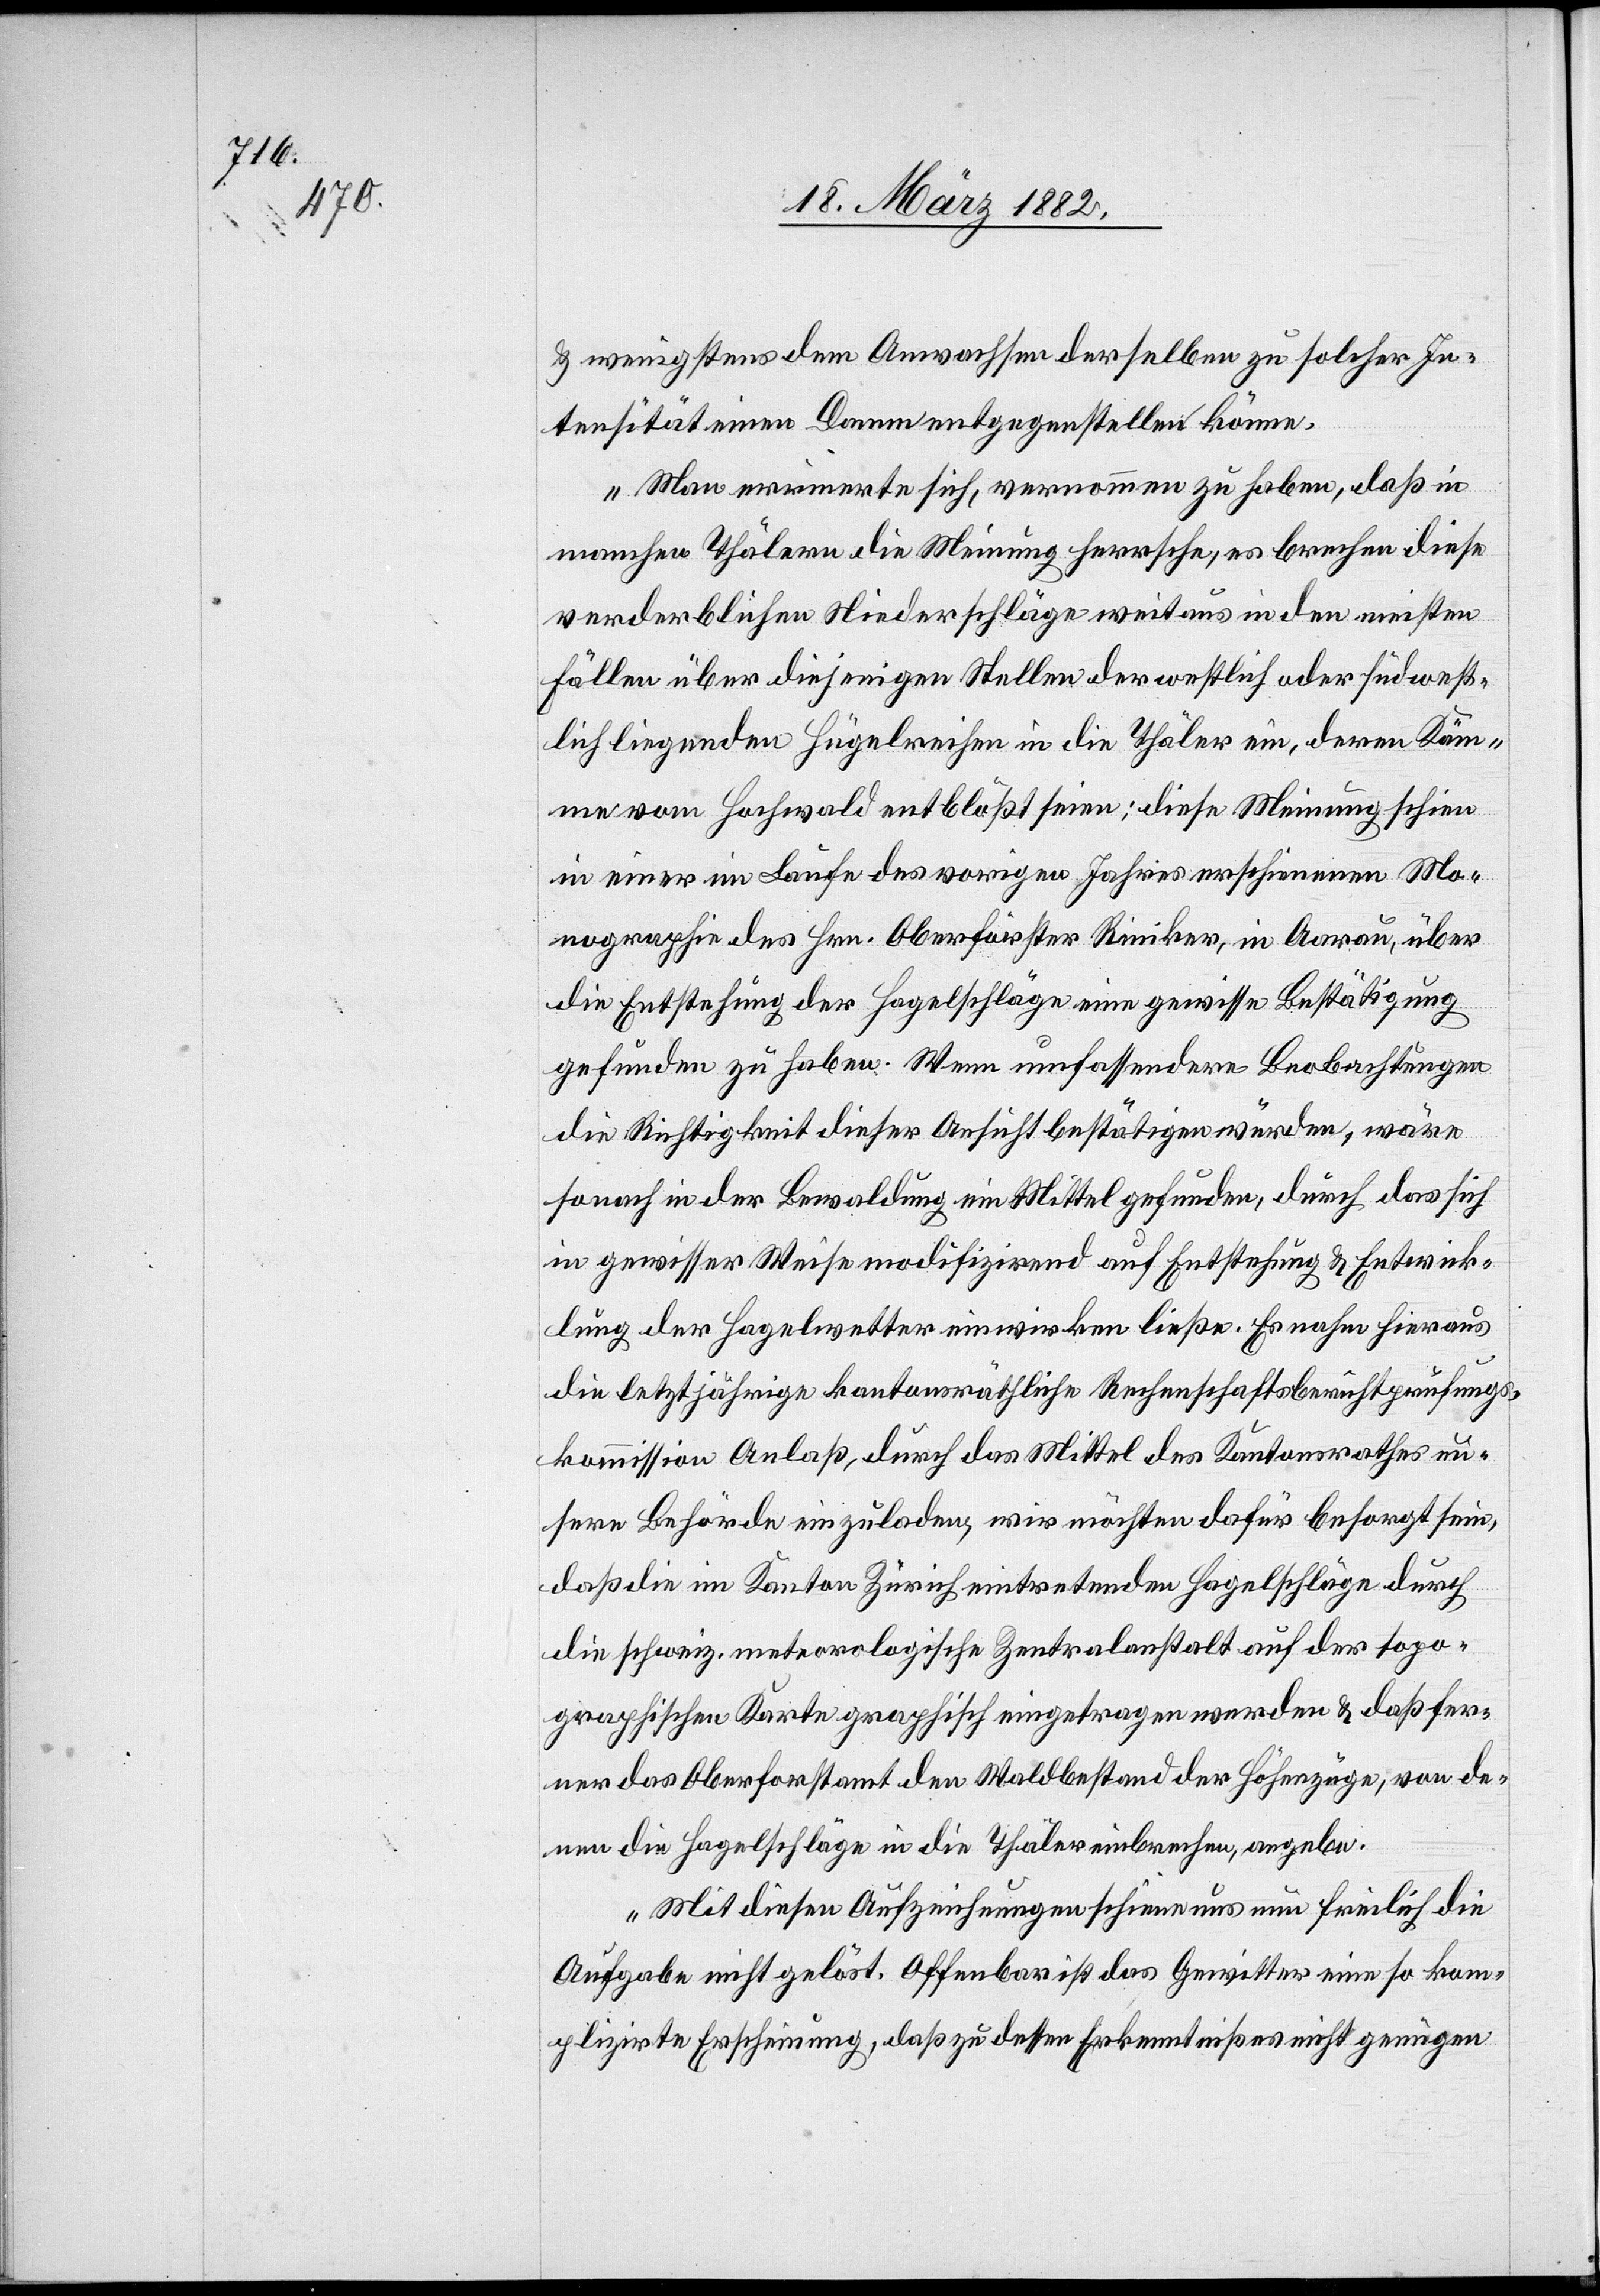
& wenigstens dem Anwachsen derselben zu solcher In¬
tensität einen Damm entgegenstellen könne.
Man erinnerte sich, vernommen zu haben, daß in
machen Thälern die Meinung herrsche, es breche diese
verderblichen Niederschläge weitaus in den meisten
Fällen über diejenigen Stellen der westlich oder südwest¬
lich liegenden Hügelreichen in den Thälern ein, deren Käm¬
men vom Hochwald entblößt seien; diese Meinung schien
in einer im Laufe des vorigen Jahres erschienen Mo¬
nographie des Hrn. Oberförster Riniker, in Aarau, über
die Entstehung der Hagelschläge eine gewisse Bestätigung
gefunden zu haben. Wenn umfassendere Beobachtungen
die Richtigkeit dieser Ansicht bestätigen würden, wäre
sonach in der Bewaldung ein Mittel gefunden, durch das sich
in gewisser Weise modifizirend auf Entstehung & Entwick¬
lung der Hagelwetter einwirken ließe. Es nahm hieraus
die letztjährige kantonsräthliche Rechenschaftsberichtsprüfungs¬
kommission Anlaß, durch das Mittel des Kantonsrathes un¬
sere Behörde einzuladen, wir möchten dafür besorgt sein,
daß die im Kanton Zürich eintretenden Hagelschläge durch
die schweiz. meteorologische Zentralanstalt auf der topo¬
graphischen Karte graphisch eingetragen werden & daß fer¬
ner das Oberforstamt den Waldbestand der Höhenzüge, von de¬
nen die Hagelschläge in die Thäler einbrechen, angebe.
Mit diesen Aufzeichnungen schiene uns nun freilich die
Aufgabe nicht gelöst. Offenbar ist das Gewitter eine so kom¬
plizirte Erscheinung, daß zu dessen Erkenntniß nicht genügen